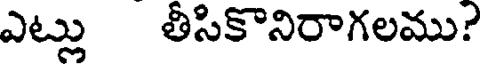
ఎట్లు తీసికొనిరాగలము?